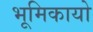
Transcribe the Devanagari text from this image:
भूमिकायो